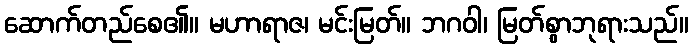
ဆောက်တည်စေ၏။ မဟာရာဇ၊ မင်းမြတ်။ ဘဂဝါ၊ မြတ်စွာဘုရားသည်။